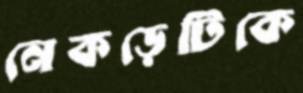
নেকড়েটিকে